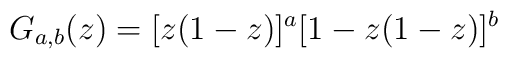
G_{a,b}(z) = [z(1 - z)]^a[1 - z(1 - z)]^b